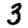
Digit: 3